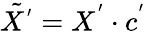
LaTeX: \tilde{X^{'}}=X^{'}\cdot c^{'}